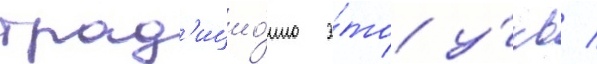
трад'ицио́нно э́то у́кв /